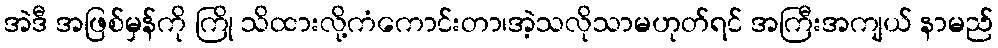
အဲဒီ အဖြစ်မှန်ကို ကြို သိထားလို့ကံကောင်းတာ၊အဲ့သလိုသာမဟုတ်ရင် အကြီးအကျယ် နာမည်